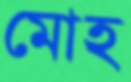
মোহ